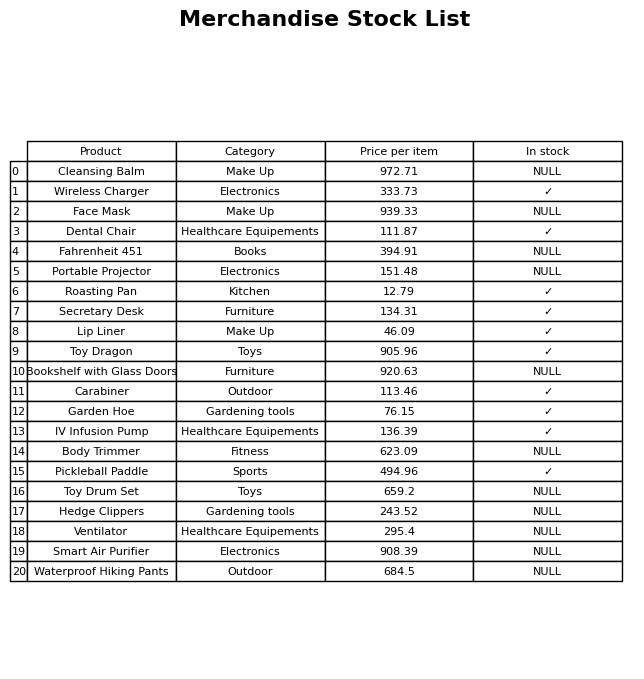
question: What is the price of the Hedge Clippers?
answer: The price of Hedge Clippers is 243.52.